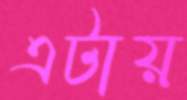
এটায়